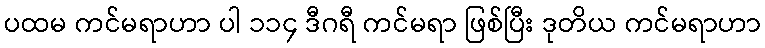
ပထမ ကင်မရာဟာ ပါ ၁၁၄ ဒီဂရီ ကင်မရာ ဖြစ်ပြီး ဒုတိယ ကင်မရာဟာ